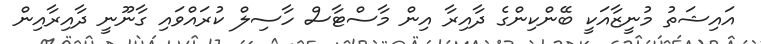
އައިޝަތު މުނީޒާއަކީ ބޭންކިންގެ ދާއިރާ އިން މާސްޓާސް ހާސިލް ކުރައްވައި ގާނޫނީ ދާއިރާއިން